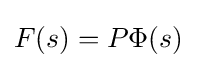
F(s)=P\Phi (s)